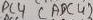
Text: ADC4